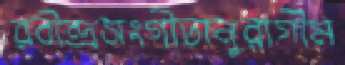
রবীন্দ্রসংগীতানুরাগীম